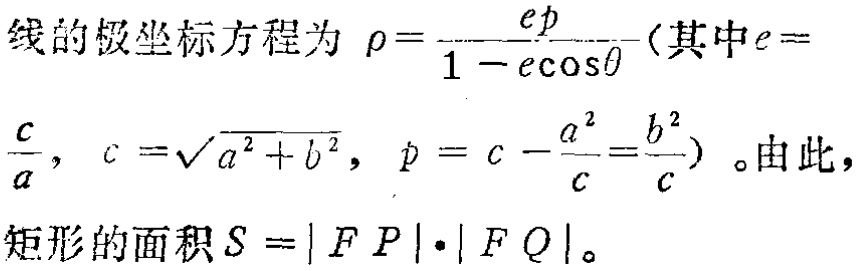
线的极坐标方程为 \(\rho=\frac{ep}{1 - e\cos\theta}\)（其中\(e = \frac{c}{a}\)，\(c = \sqrt{a^{2}+b^{2}}\)，\(p = c - \frac{a^{2}}{c}=\frac{b^{2}}{c}\)）。由此，
矩形的面积 \(S = |FP|\cdot|FQ|\)。